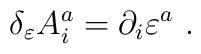
\delta_{\varepsilon} A^a_i=\partial_i\varepsilon^a\ .